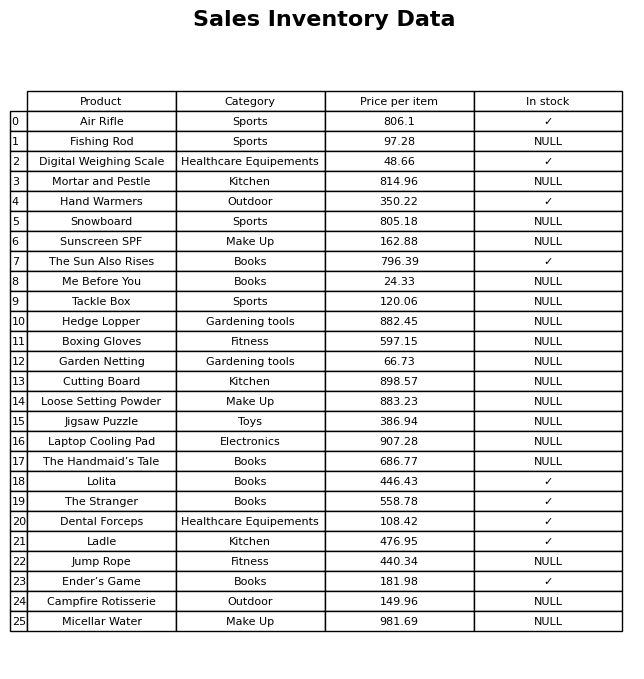
question: What category does the Hedge Lopper belong to?
answer: Gardening tools